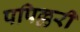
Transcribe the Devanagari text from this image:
पपिल्लरी